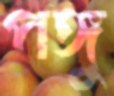
পঙ্গু